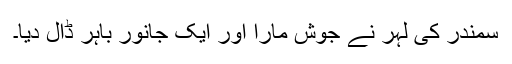
سمندر کی لہر نے جوش مارا اور ایک جانور باہر ڈال دیا۔